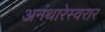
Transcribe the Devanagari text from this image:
अनंथारेस्वरार